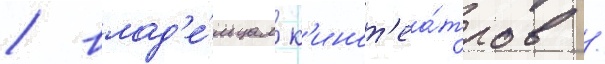
/ влад'е́льцам к'инот'еа́тров /